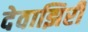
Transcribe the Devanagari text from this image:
देवाझिरी